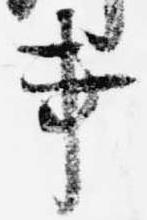
事